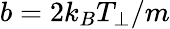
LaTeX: b=2k_{B}T_{\perp}/m